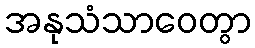
အနုသံသာဝေတွာ